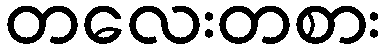
တလေးတစား